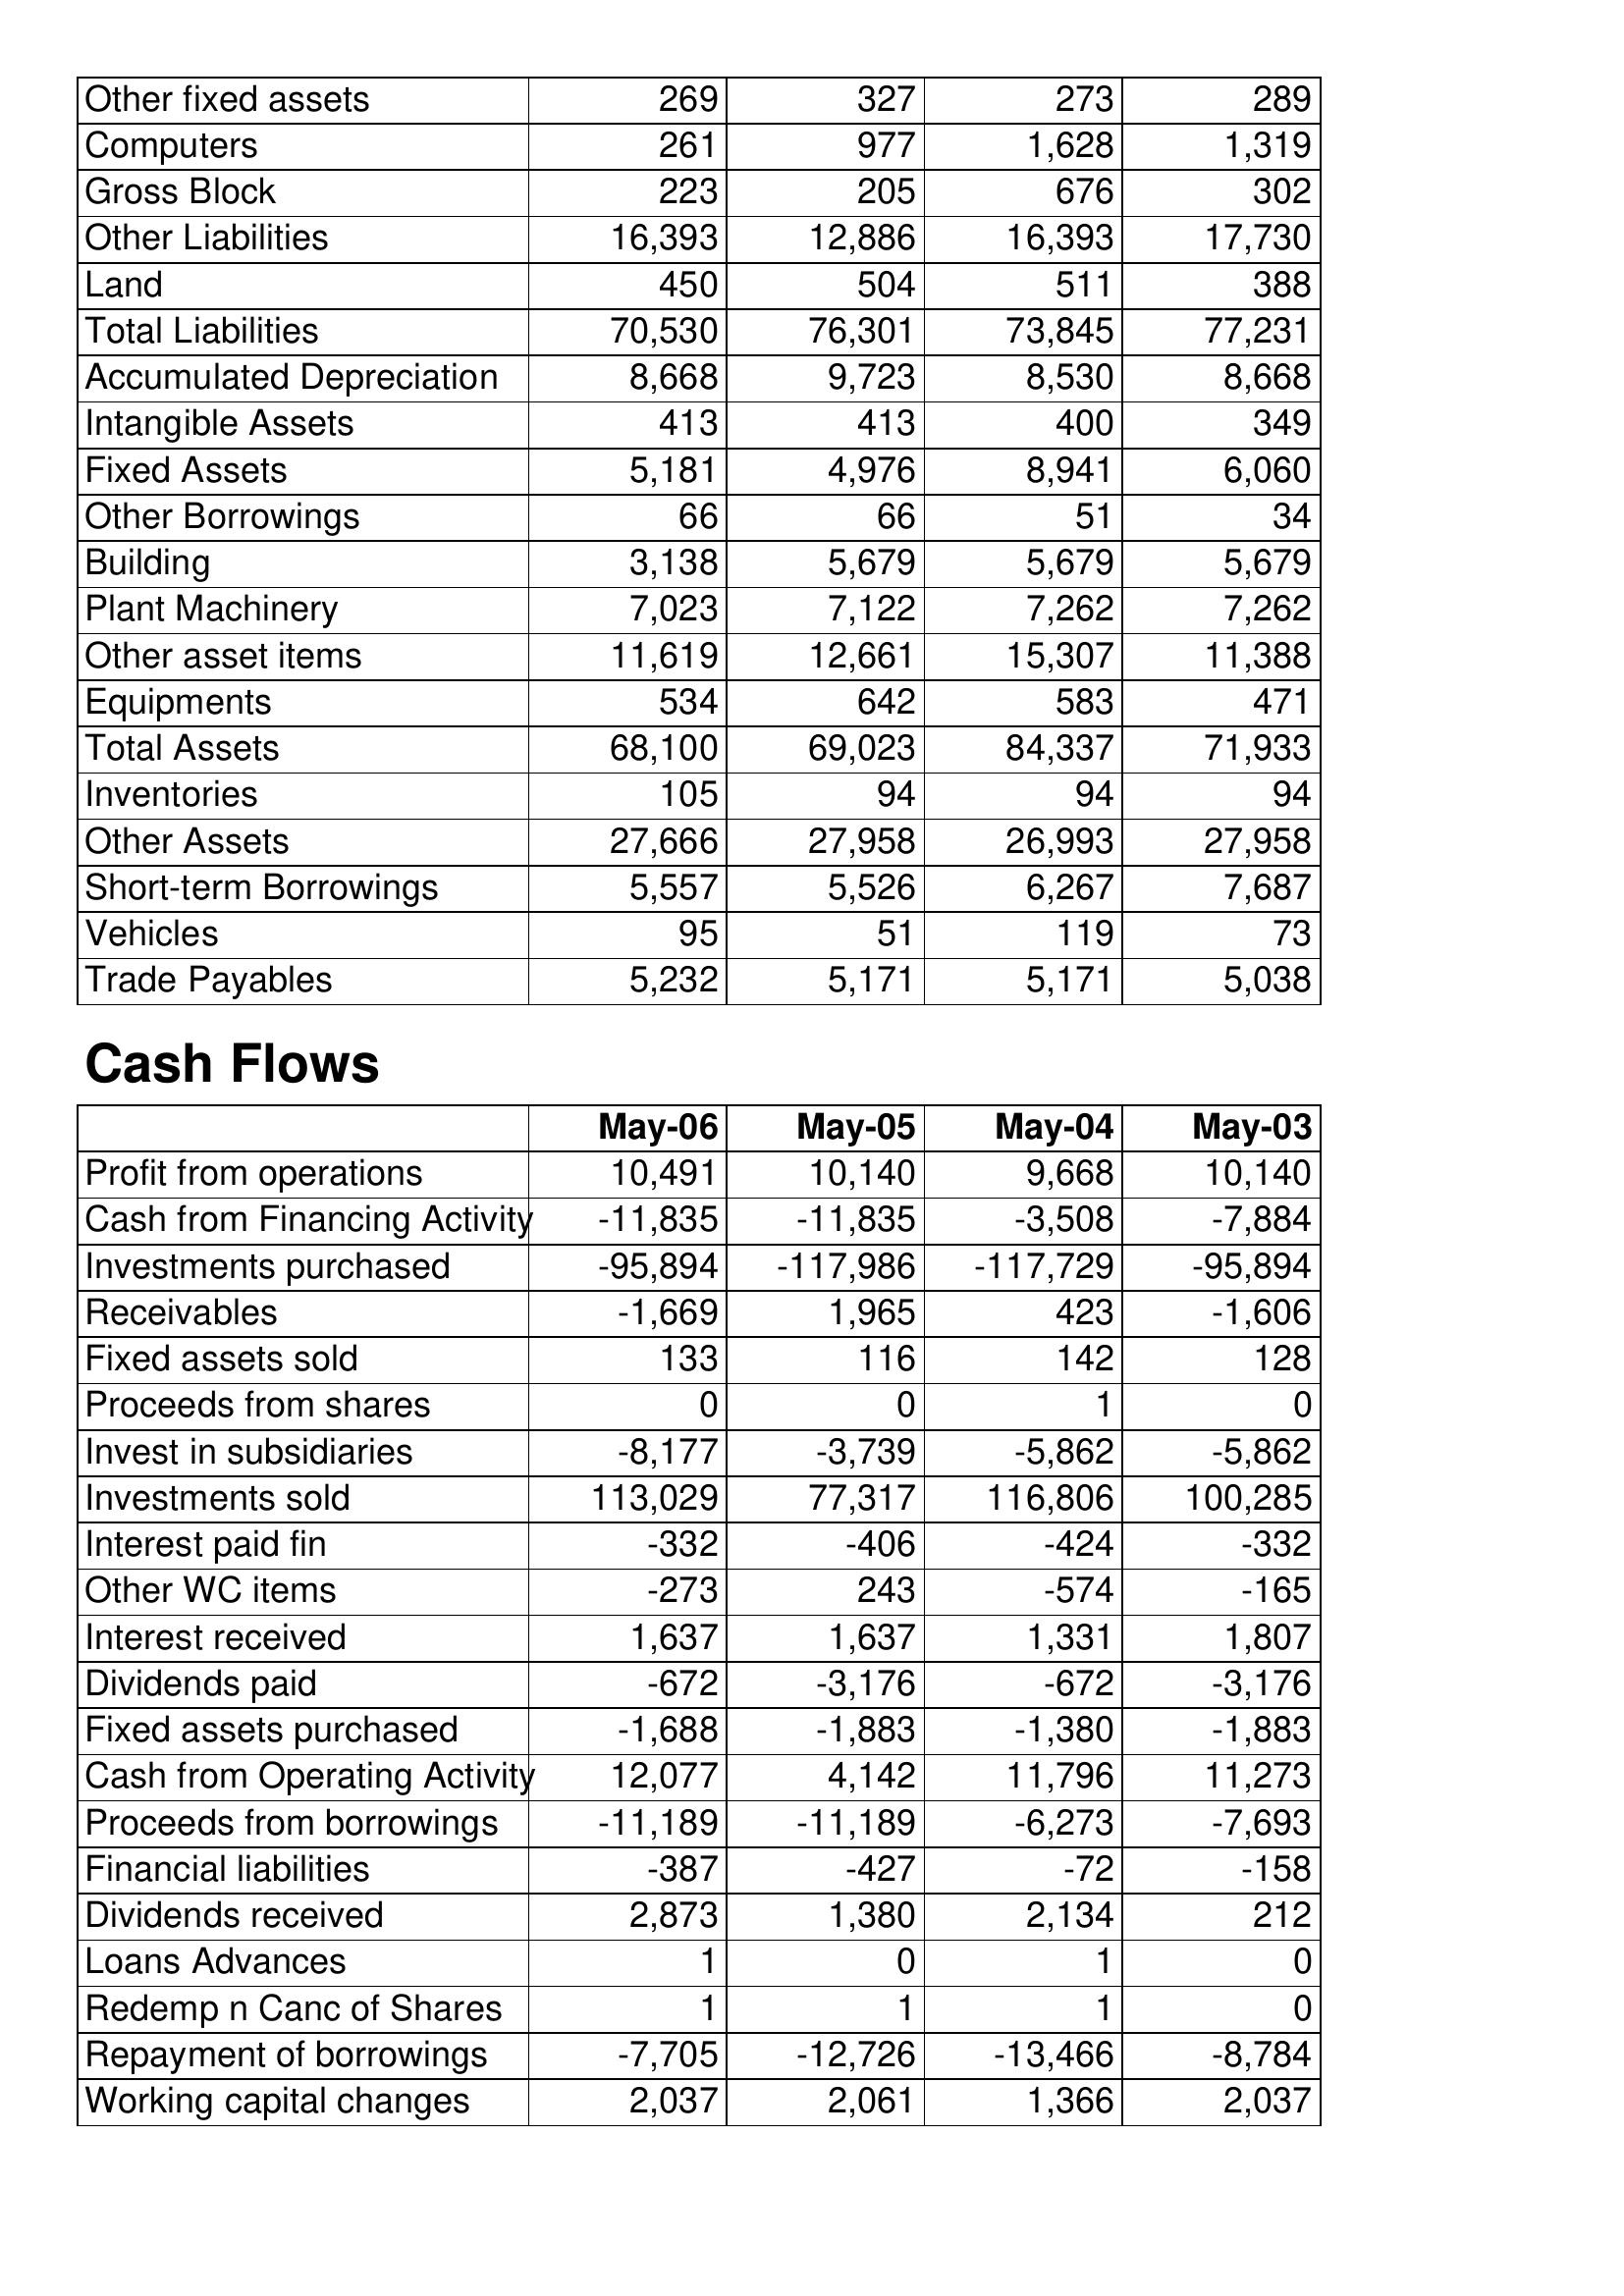
May-06: Balance Sheet: Other fixed assets: 269
Computers: 261
Gross Block: 223
Other Liabilities: 16,393
Land: 450
Total Liabilities: 70,530
Accumulated Depreciation: 8,668
Intangible Assets: 413
Fixed Assets: 5,181
Other Borrowings: 66
Building: 3,138
Plant Machinery: 7,023
Other asset items: 11,619
Equipments: 534
Total Assets: 68,100
Inventories: 105
Other Assets: 27,666
Short-term Borrowings: 5,557
Vehicles: 95
Trade Payables: 5,232
Cash Flows: Profit from operations: 10,491
Cash from Financing Activity: -11,835
Investments purchased: -95,894
Receivables: -1,669
Fixed assets sold: 133
Proceeds from shares: 0
Invest in subsidiaries: -8,177
Investments sold: 113,029
Interest paid fin: -332
Other WC items: -273
Interest received: 1,637
Dividends paid: -672
Fixed assets purchased: -1,688
Cash from Operating Activity: 12,077
Proceeds from borrowings: -11,189
Financial liabilities: -387
Dividends received: 2,873
Loans Advances: 1
Redemp n Canc of Shares: 1
Repayment of borrowings: -7,705
Working capital changes: 2,037
May-05: Balance Sheet: Other fixed assets: 327
Computers: 977
Gross Block: 205
Other Liabilities: 12,886
Land: 504
Total Liabilities: 76,301
Accumulated Depreciation: 9,723
Intangible Assets: 413
Fixed Assets: 4,976
Other Borrowings: 66
Building: 5,679
Plant Machinery: 7,122
Other asset items: 12,661
Equipments: 642
Total Assets: 69,023
Inventories: 94
Other Assets: 27,958
Short-term Borrowings: 5,526
Vehicles: 51
Trade Payables: 5,171
Cash Flows: Profit from operations: 10,140
Cash from Financing Activity: -11,835
Investments purchased: -117,986
Receivables: 1,965
Fixed assets sold: 116
Proceeds from shares: 0
Invest in subsidiaries: -3,739
Investments sold: 77,317
Interest paid fin: -406
Other WC items: 243
Interest received: 1,637
Dividends paid: -3,176
Fixed assets purchased: -1,883
Cash from Operating Activity: 4,142
Proceeds from borrowings: -11,189
Financial liabilities: -427
Dividends received: 1,380
Loans Advances: 0
Redemp n Canc of Shares: 1
Repayment of borrowings: -12,726
Working capital changes: 2,061
May-04: Balance Sheet: Other fixed assets: 273
Computers: 1,628
Gross Block: 676
Other Liabilities: 16,393
Land: 511
Total Liabilities: 73,845
Accumulated Depreciation: 8,530
Intangible Assets: 400
Fixed Assets: 8,941
Other Borrowings: 51
Building: 5,679
Plant Machinery: 7,262
Other asset items: 15,307
Equipments: 583
Total Assets: 84,337
Inventories: 94
Other Assets: 26,993
Short-term Borrowings: 6,267
Vehicles: 119
Trade Payables: 5,171
Cash Flows: Profit from operations: 9,668
Cash from Financing Activity: -3,508
Investments purchased: -117,729
Receivables: 423
Fixed assets sold: 142
Proceeds from shares: 1
Invest in subsidiaries: -5,862
Investments sold: 116,806
Interest paid fin: -424
Other WC items: -574
Interest received: 1,331
Dividends paid: -672
Fixed assets purchased: -1,380
Cash from Operating Activity: 11,796
Proceeds from borrowings: -6,273
Financial liabilities: -72
Dividends received: 2,134
Loans Advances: 1
Redemp n Canc of Shares: 1
Repayment of borrowings: -13,466
Working capital changes: 1,366
May-03: Balance Sheet: Other fixed assets: 289
Computers: 1,319
Gross Block: 302
Other Liabilities: 17,730
Land: 388
Total Liabilities: 77,231
Accumulated Depreciation: 8,668
Intangible Assets: 349
Fixed Assets: 6,060
Other Borrowings: 34
Building: 5,679
Plant Machinery: 7,262
Other asset items: 11,388
Equipments: 471
Total Assets: 71,933
Inventories: 94
Other Assets: 27,958
Short-term Borrowings: 7,687
Vehicles: 73
Trade Payables: 5,038
Cash Flows: Profit from operations: 10,140
Cash from Financing Activity: -7,884
Investments purchased: -95,894
Receivables: -1,606
Fixed assets sold: 128
Proceeds from shares: 0
Invest in subsidiaries: -5,862
Investments sold: 100,285
Interest paid fin: -332
Other WC items: -165
Interest received: 1,807
Dividends paid: -3,176
Fixed assets purchased: -1,883
Cash from Operating Activity: 11,273
Proceeds from borrowings: -7,693
Financial liabilities: -158
Dividends received: 212
Loans Advances: 0
Redemp n Canc of Shares: 0
Repayment of borrowings: -8,784
Working capital changes: 2,037